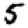
Digit: 5